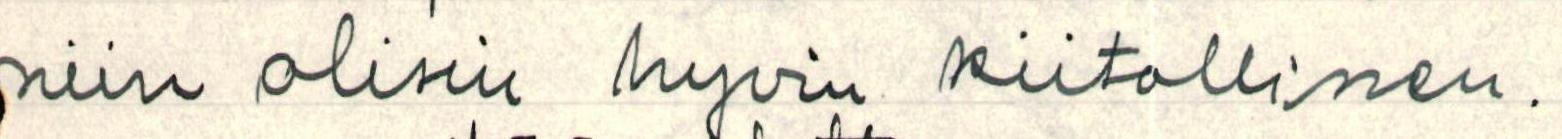
niin olisin hyvin kiitollinen.